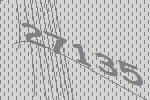
27135